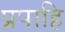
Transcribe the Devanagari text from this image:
प्रपाहि